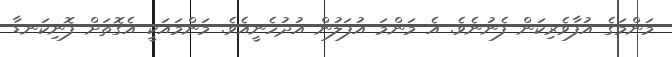
މަންމަގެ އުފާވެރިކަން ފެނުނެވެ. އެ މަންމަ އުފަލުން އުދުހެނީއެވެ. މަންމައަކީ އެގޮތަށް ފޮނިކަނޑާ